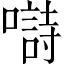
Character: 𡀗